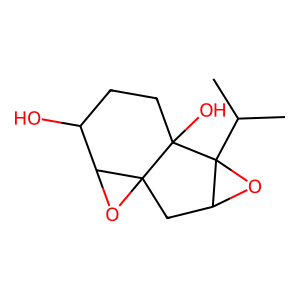
SMILES: CC(C)C12OC1CC13OC1C(O)CCC32O
Inhibits HIV replication: No